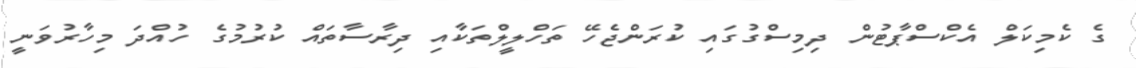
ގެ ކެމިކަލް އެކްސްޕާޓުން ދިމިސްގުގައި ކުރަންޖެހޭ ތަހްލީލްތަކާއި ދިރާސާތައް ކުރުމުގެ ހުއްދަ މިހާރުވަނީ